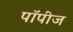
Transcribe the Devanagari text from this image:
पॉपीज